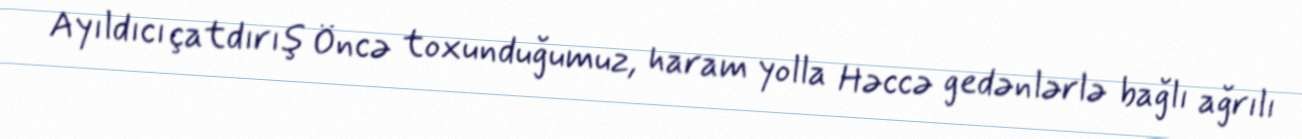
Ayıldıcı çatdırış Öncə toxunduğumuz, haram yolla Həccə gedənlərlə bağlı ağrılı